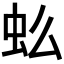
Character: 𰲪